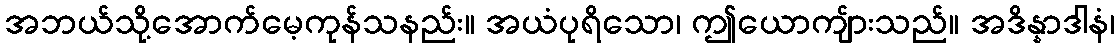
အဘယ်သို့အောက်မေ့ကုန်သနည်း။ အယံပုရိသော၊ ဤယောကျ်ားသည်။ အဒိန္နာဒါနံ၊